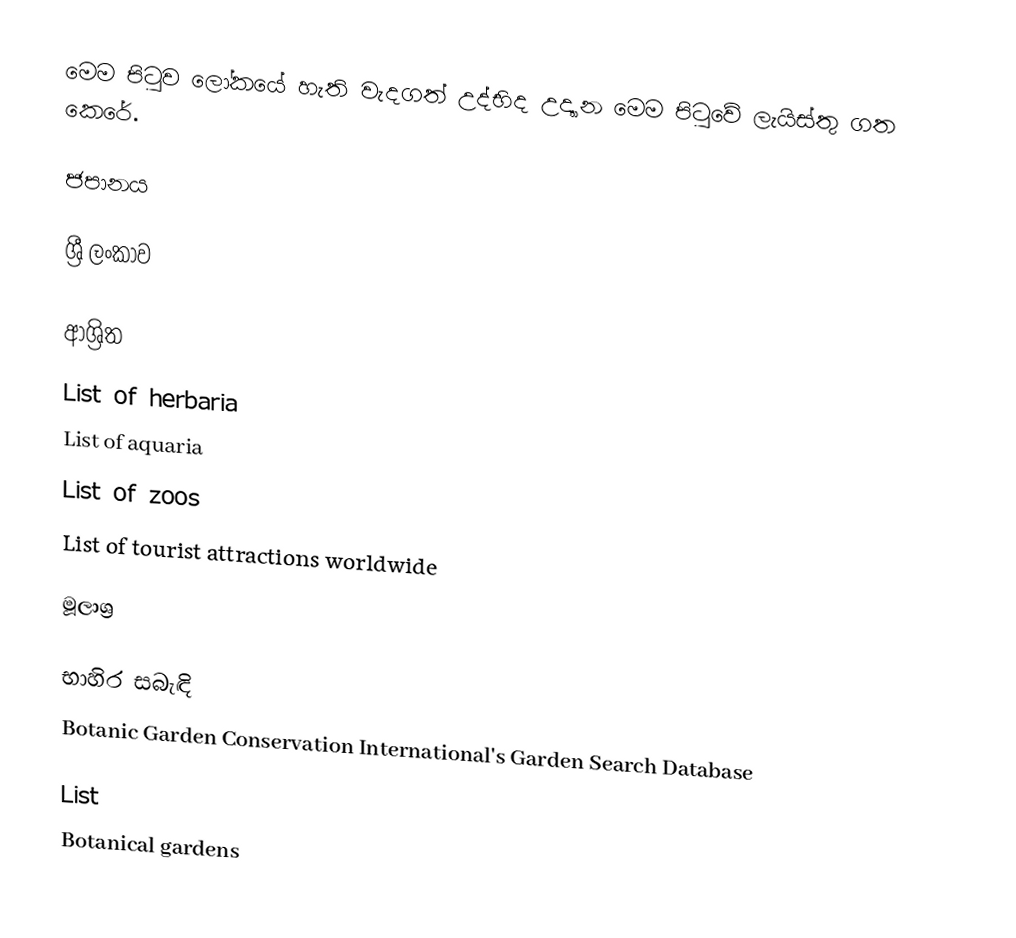
මෙම පිටුව ලෝකයේ හැති වැදගත් උද්භිද උද්‍යාන මෙම පිටුවේ ලැයිස්තු ගත කෙරේ.

ජපානය

ශ්‍රී ලංකාව

ආශ්‍රිත
 List of herbaria
 List of aquaria
 List of zoos
 List of tourist attractions worldwide

මූලාශ්‍ර

භාහිර සබැඳි
 Botanic Garden Conservation International's Garden Search Database

 List
Botanical gardens